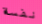
نفسة